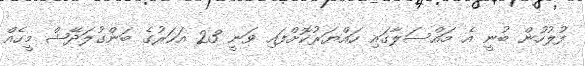
ފުލުހުން ބުނީ އެ މައްސަލާގައި ހައްޔަރުކޮށްފައި ވަނީ 23 އަހަރުގެ ބަންގުލަދޭޝް މީހެއް